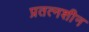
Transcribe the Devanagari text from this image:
प्रतत्नशीन